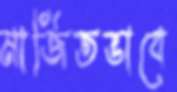
মার্জিতভাবে